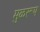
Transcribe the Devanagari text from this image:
मुळरूप